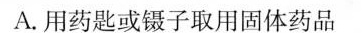
A.用药匙或镊子取用固体药品